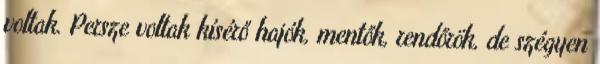
voltak. Persze voltak kísérő hajók, mentők, rendőrök, de szégyen